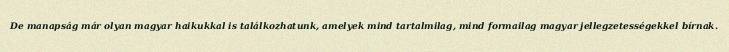
De manapság már olyan magyar haikukkal is találkozhatunk, amelyek mind tartalmilag, mind formailag magyar jellegzetességekkel bírnak.